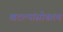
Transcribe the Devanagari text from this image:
खटल्यांसोबतच